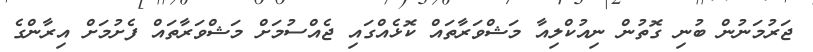
ޖަރުމަނުން ބުނި ގޮތުން ނިއުކްލިއާ މަޝްވަރާތައް ކޮޅެއްގައި ޖެއްސުމަށް މަޝްވަރާތައް ފެށުމަށް އިރާންގެ